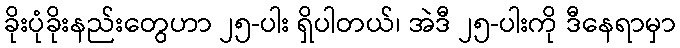
ခိုးပုံခိုးနည်းတွေဟာ ၂၅-ပါး ရှိပါတယ်၊ အဲဒီ ၂၅-ပါးကို ဒီနေရာမှာ